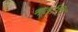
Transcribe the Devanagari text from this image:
भर्तापि